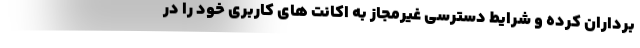
برداران کرده و شرایط دسترسی غیرمجاز به اکانت های کاربری خود را در